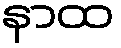
နာထ